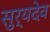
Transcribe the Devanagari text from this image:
सुर्यदेव